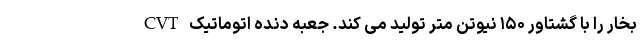
بخار را با گشتاور ۱۵۰ نیوتن متر تولید می کند. جعبه دنده اتوماتیک CVT